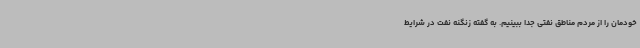
خودمان را از مردم مناطق نفتی جدا ببینیم. به گفته زنگنه نفت در شرایط